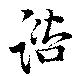
諮